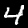
Digit: 4